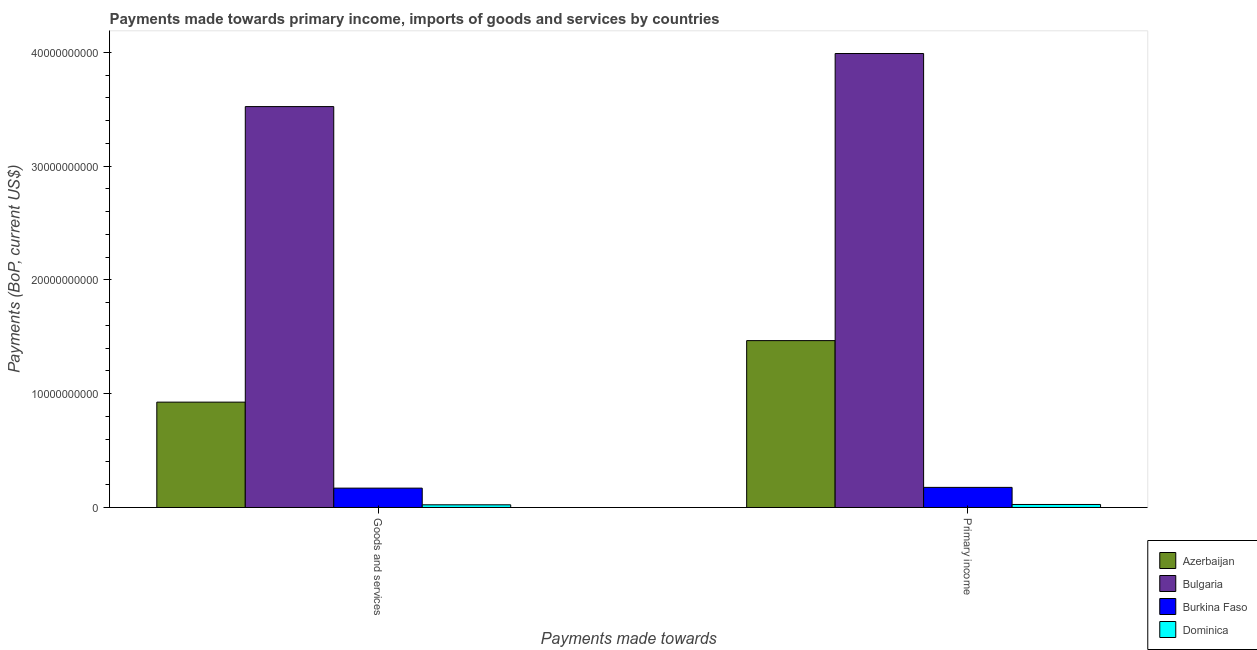
| Payments made towards | Azerbaijan | Bulgaria | Burkina Faso | Dominica |
 | --- | --- | --- | --- | --- |
 | Goods and services | 9.26e+09 | 3.52e+10 | 1.7e+09 | 2.36e+08 |
 | Primary income | 1.47e+10 | 3.99e+10 | 1.77e+09 | 2.64e+08 |